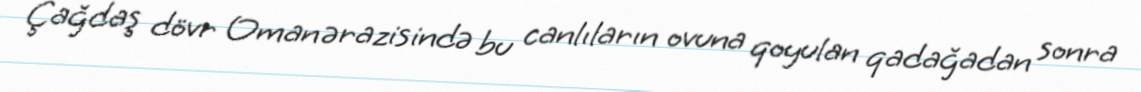
Çağdaş dövr Oman ərazisində bu canlıların ovuna qoyulan qadağadan sonra